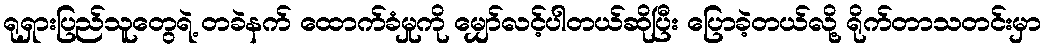
ရုရှားပြည်သူတွေရဲ့ တခဲနက် ထောက်ခံမှုကို မျှော်လင့်ပါတယ်ဆိုပြီး ပြောခဲ့တယ်လို့ ရိုက်တာသတင်းမှာ